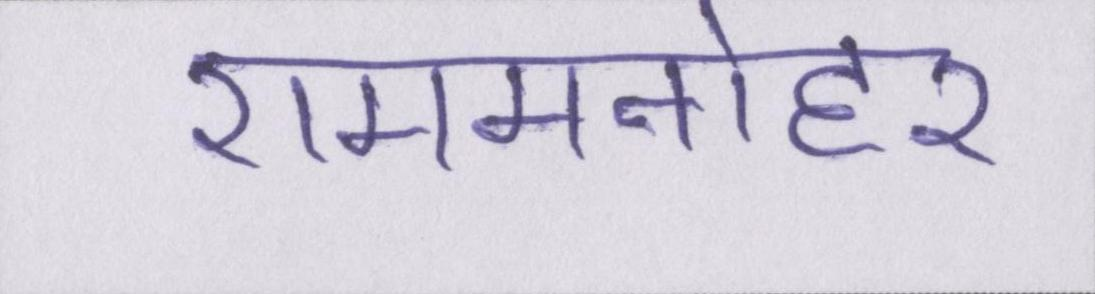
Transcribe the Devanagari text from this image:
राममनोहर